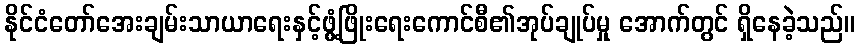
နိုင်ငံတော်အေးချမ်းသာယာရေးနှင့်ဖွံ့ဖြိုးရေးကောင်စီ၏အုပ်ချုပ်မှု အောက်တွင် ရှိနေခဲ့သည်။